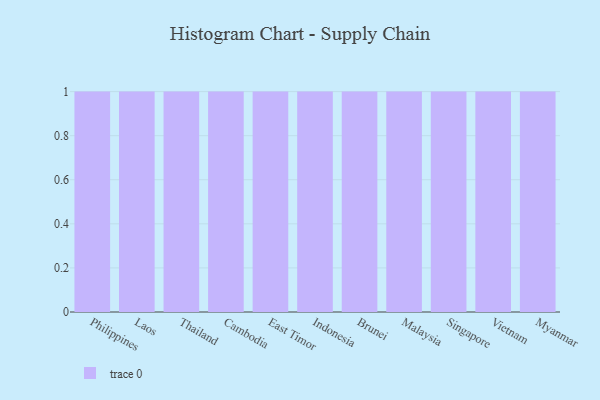
{"axis": {"x": "Country", "y": "Gross Profit (USD K)"}, "legend": [""], "data": [{"x": "Philippines", "y": 92, "type": ""}, {"x": "Laos", "y": 12, "type": ""}, {"x": "Thailand", "y": 80, "type": ""}, {"x": "Cambodia", "y": 52, "type": ""}, {"x": "East Timor", "y": 79, "type": ""}, {"x": "Indonesia", "y": 75, "type": ""}, {"x": "Brunei", "y": 72, "type": ""}, {"x": "Malaysia", "y": 38, "type": ""}, {"x": "Singapore", "y": 73, "type": ""}, {"x": "Vietnam", "y": 30, "type": ""}, {"x": "Myanmar", "y": 87, "type": ""}]}